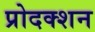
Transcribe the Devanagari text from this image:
प्रोदक्शन